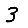
Digit: 3